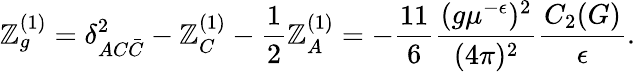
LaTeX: \mathbb{Z}_{g}^{(1)}=\delta_{AC\bar{{C}}}^{2}-\mathbb{Z}_{C}^{(1)}-\frac{1}{2}\mathbb{Z}_{A}^{(1)}=-\frac{{11}}{6}\frac{{(g\mu^{-\epsilon})^{2}}}{{(4\pi)^{2}}}\frac{{C_{2}(G)}}{{\epsilon}}.